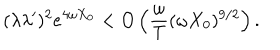
LaTeX: ( \lambda \lambda ^ { \prime } ) ^ { 2 } e ^ { 4 \omega X _ { 0 } } < O \left( \frac { \omega } { T } ( \omega X _ { 0 } ) ^ { 9 / 2 } \right) .